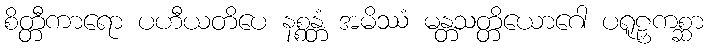
စိတ္တီကာရော ပဟီယတိပေ နစ္စန္တံ အမိဿံ မန္တသတ္တိယောဂေါ ပရူဠှကစ္ဆာ